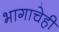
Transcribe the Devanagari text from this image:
भागाचेही